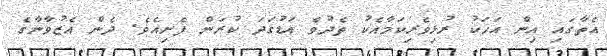
އެތާގައި އިން އަޚަކު ރުޅިވެރިކަމާއެކު ތެދުވެ އަޑުގަދަ ކުރަން ފެށިއެވެ. ދެން އެޒުވާނާގެ